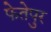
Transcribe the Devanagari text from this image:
फेतेपुर